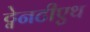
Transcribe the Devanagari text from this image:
ट्वेनटीएथ